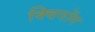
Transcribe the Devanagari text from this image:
क्विगोंग